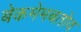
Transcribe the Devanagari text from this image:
बेकमेमबतोव